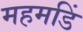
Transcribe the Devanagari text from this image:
महमडिं